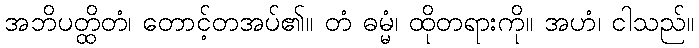
အဘိပတ္ထိတံ၊ တောင့်တအပ်၏။ တံ ဓမ္မံ၊ ထိုတရားကို။ အဟံ၊ ငါသည်။